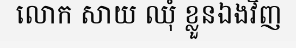
លោក សាយ ឈុំ ខ្លួនឯងវិញ